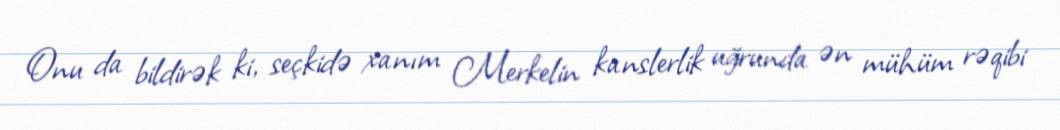
Onu da bildirək ki, seçkidə xanım Merkelin kanslerlik uğrunda ən mühüm rəqibi